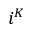
i ^ { K }